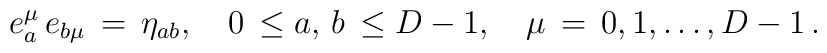
e^\mu _a \,e_{b \mu }\,=\,\eta_{a b}, \quad 0\,\leq a, \,b \,\leq D-1, \quad \mu \,=\,0,1, \ldots , D-1\,{.}